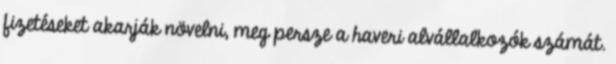
fizetéseket akarják növelni, meg persze a haveri alvállalkozók számát.